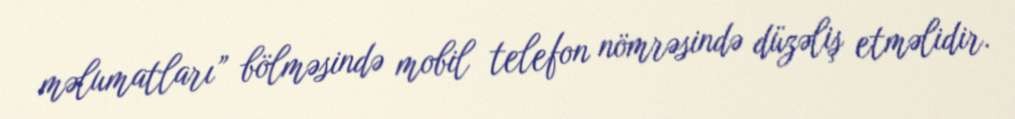
məlumatları” bölməsində mobil telefon nömrəsində düzəliş etməlidir.